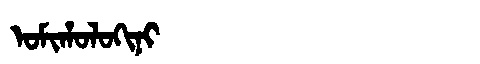
Manchu: ᠣᠮᡳᡥᠣᠯᠣᡴᡳᠨᡳ
Romanization: OMIHOLOKINI